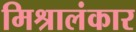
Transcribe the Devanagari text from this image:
मिश्रालंकार